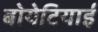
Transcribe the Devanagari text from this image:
बोयेटियाई